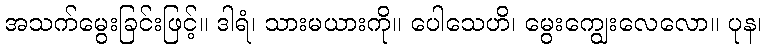
အသက်မွေးခြင်းဖြင့်။ ဒါရံ၊ သားမယားကို။ ပေါသေဟိ၊ မွေးကျွေးလေလော။ ပုန၊